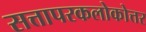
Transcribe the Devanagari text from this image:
सत्तापरकलोकोत्तर